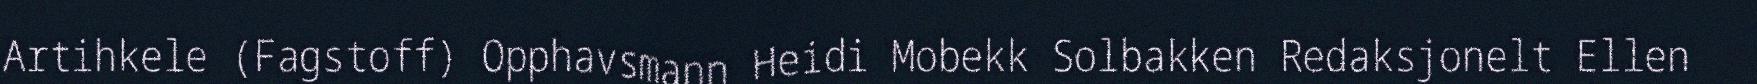
Artihkele (Fagstoff) Opphavsmann Heidi Mobekk Solbakken Redaksjonelt Ellen